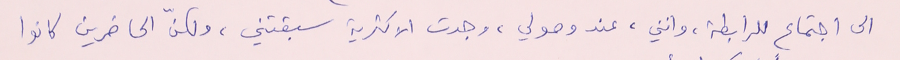
الى اجتماع الرابطة، وانني، عند وصولي، وجدت الاكثرية سبقتني، ولكنّ الحاضرين كانوا